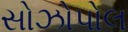
સોઝોપોલ